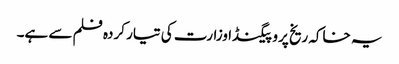
یہ خاکہ ریخ پروپیگنڈا وزارت کی تیار کردہ فلم سے ہے۔